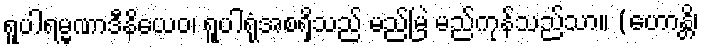
ရူပါရမ္မဏာဒီနိယေဝ၊ ရူပါရုံအစရှိသည် မည်မြဲ မည်ကုန်သည်သာ။ (ဟောန္တိ၊